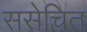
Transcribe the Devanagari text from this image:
ससेचित